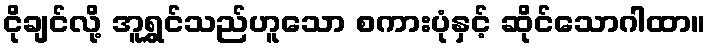
ငိုချင်လို့ အူရွှင်သည်ဟူသော စကားပုံနှင့် ဆိုင်သောဂါထာ။